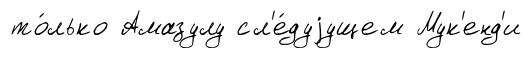
то́лько Амазулу сл'е́дуjущем Мук'енд'и